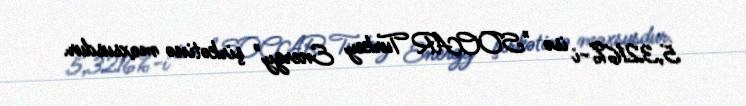
5,3216%-i isə "SOCAR Turkey Energy" şirkətinə məxsusdur.